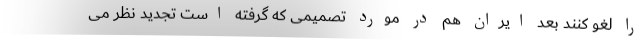
را لغو کنند بعد ایران هم در مورد تصمیمی که گرفته است تجدید نظر می